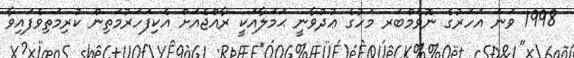
1998 ވަނަ އަހަރުގެ ނޮވެމްބަރ މަހުގެ ޢުދުވާނީ ޙަމަލާއަކީ ރާއްޖެއަށް އެކިފަހަރުމަތިން ކުރިމަތިވެފައިވާ